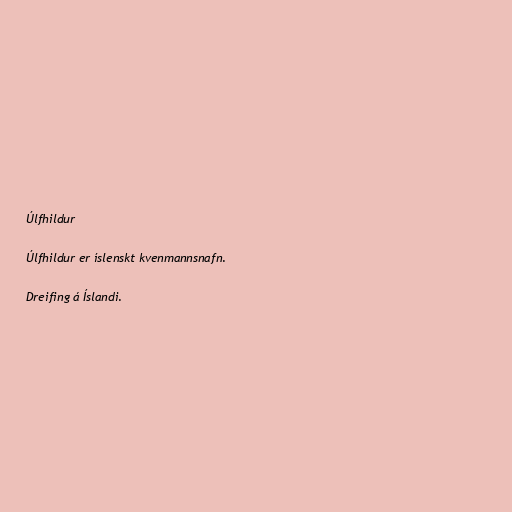
Úlfhildur

Úlfhildur er íslenskt kvenmannsnafn.

Dreifing á Íslandi.